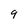
Character: 9